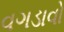
વગડાવો